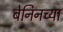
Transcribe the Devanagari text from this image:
बेनिनच्या